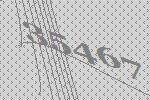
35467